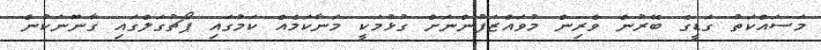
މަސައްކަތު ގަޑީގެ ބޭރުން ވެރިން މުވައްޒަފުންނަށް ގުޅުމަކީ މަނާކަމެއް ކަމުގައި ޕޯޗުގަލްގައި ގާނޫނަކުން